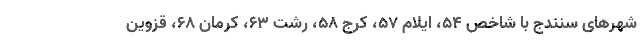
شهرهای سنندج با شاخص 54، ایلام 57، کرج 58، رشت 63، کرمان 68، قزوین